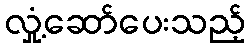
လှုံ့ဆော်ပေးသည့်